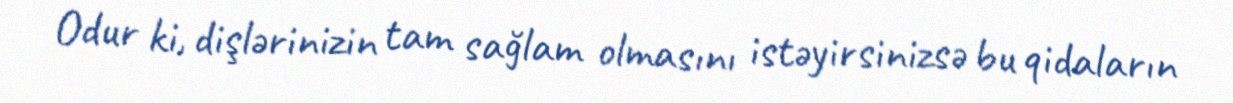
Odur ki, dişlərinizin tam sağlam olmasını istəyirsinizsə bu qidaların